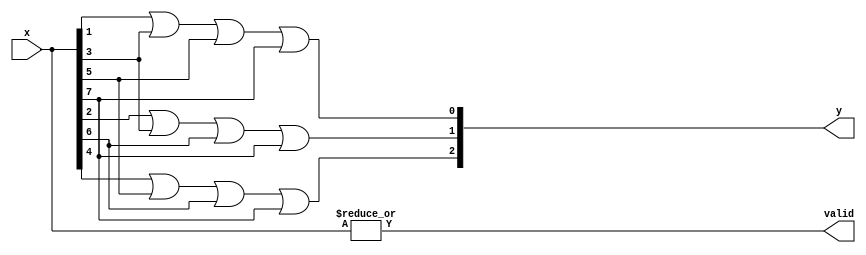
`timescale 1ns / 1ps
//////////////////////////////////////////////////////////////////////////////////
// Company: 
// Engineer: 
// 
// Design Name: 
// Module Name:    lab51b 
// Project Name: 
// Target Devices: 
// Tool versions: 
// Description: 
//
// Dependencies: 
//
// Revision: 
// Revision 0.01 - File Created
// Additional Comments: 
//
//////////////////////////////////////////////////////////////////////////////////
module lab51b(input [7:0] x,
output [2:0] y,
output wire valid);


assign y[0]=x[1]|x[3]|x[5]|x[7];
assign y[1]=x[2]|x[3]|x[6]|x[7];
assign y[2]=x[4]|x[5]|x[6]|x[7];
assign valid = |x;


endmodule